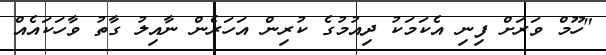
"ހޫމް ވަރަށް ފިނި އެކަމަކު ދިއުމުގެ ކުރިން އަހަރެން ނާއިލު ގާތު ވާހަކައެއް